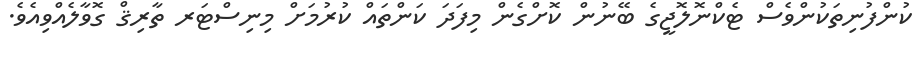
ކުންފުނިތަކުންވެސް ޓެކްނޮލޮޖީގެ ބޭނުން ކޮށްގެން މިފަދަ ކަންތައް ކުރުމަށް މިނިސްޓަރ ތާރިޤް ގޮވާލެއްވިއެވެ.